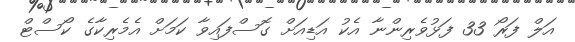
އަލް ފަރޯ 33 ފަޅުވެރިންނާ އެކު އަޑިއަށް ގޮސްފައިވާ ކަމަށް އެމެރިކާގެ ކޯސްޓް